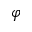
\varphi